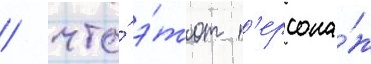
/ что́ э́тот п'ерсона́ж